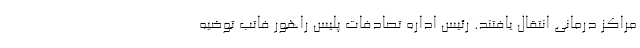
مراکز درمانی انتقال یافتند. رئیس اداره تصادفات پلیس راهور فاتب توضیه